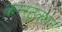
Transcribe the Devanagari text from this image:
कन्‍स्‍ट्रक्‍शन